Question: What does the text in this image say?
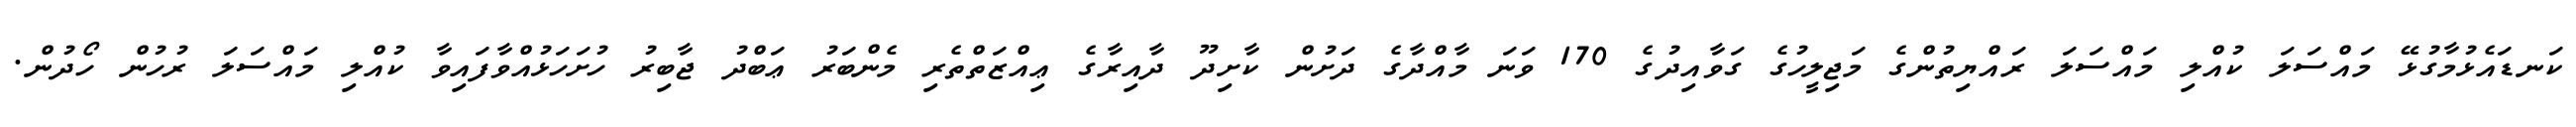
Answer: ކަނޑައެޅުމާގުޅޭ މައްސަލަ ކުއްލި މައްސަލަ ރައްޔިތުންގެ މަޖިލީހުގެ ގަވާއިދުގެ 170 ވަނަ މާއްދާގެ ދަށުން ކާށިދޫ ދާއިރާގެ ޢިއްޒަތްތެރި މެންބަރު ޢަބްދު ޖާބިރު ހުށަހަޅުއްވާފައިވާ ކުއްލި މައްސަލަ ރުހުން ހޯދުން.